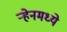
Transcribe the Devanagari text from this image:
ऱ्हेनमध्ये